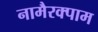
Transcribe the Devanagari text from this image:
नामैरक्पाम